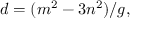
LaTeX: d = ( m ^ { 2 } - 3 n ^ { 2 } ) / g ,